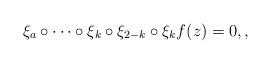
LaTeX: \begin{align*}\xi_a \circ \cdots \circ \xi_k \circ \xi_{2-k} \circ \xi_k f(z) =0,,\end{align*}